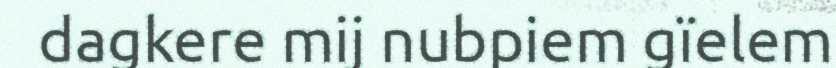
dagkere mij nubpiem gïelem